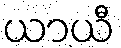
ယာယီ